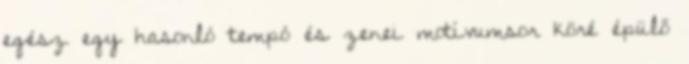
egész egy hasonló tempó és zenei motívumsor köré épülő